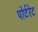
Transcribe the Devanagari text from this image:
पोर्टरेट